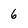
Character: 6